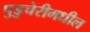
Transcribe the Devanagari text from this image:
पुडुचेरीमधील